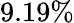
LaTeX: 9.19\%